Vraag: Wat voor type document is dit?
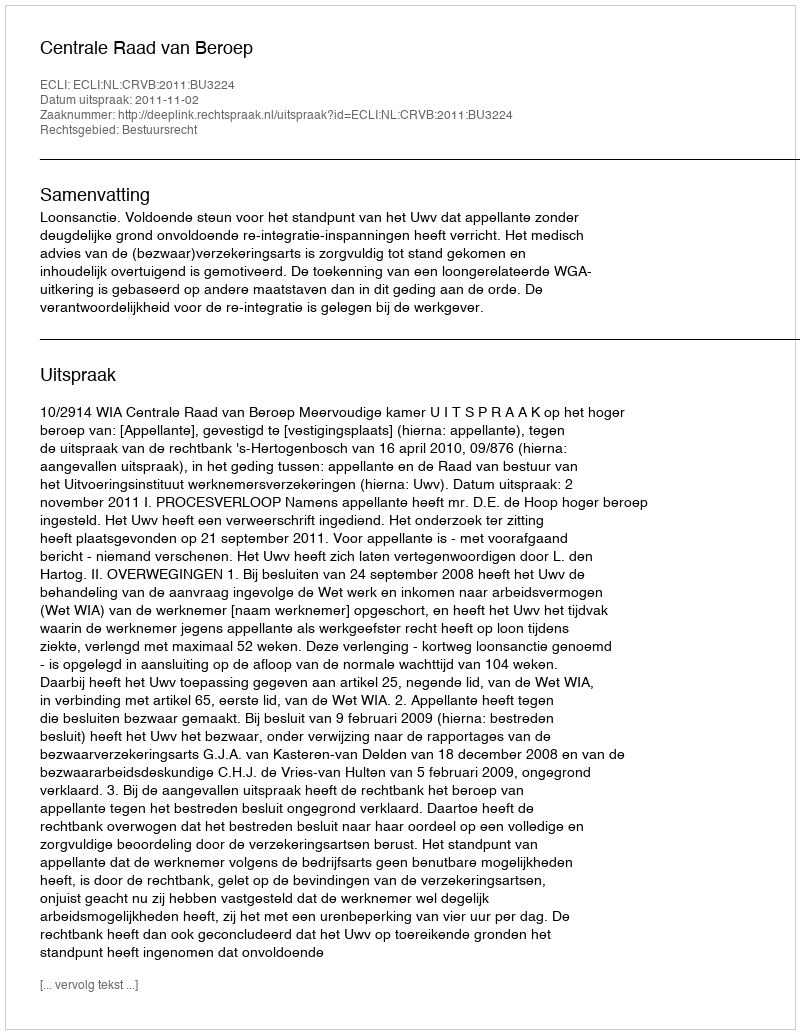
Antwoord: Uitspraak